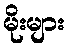
မိုးများ